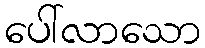
ပေါ်လာသော